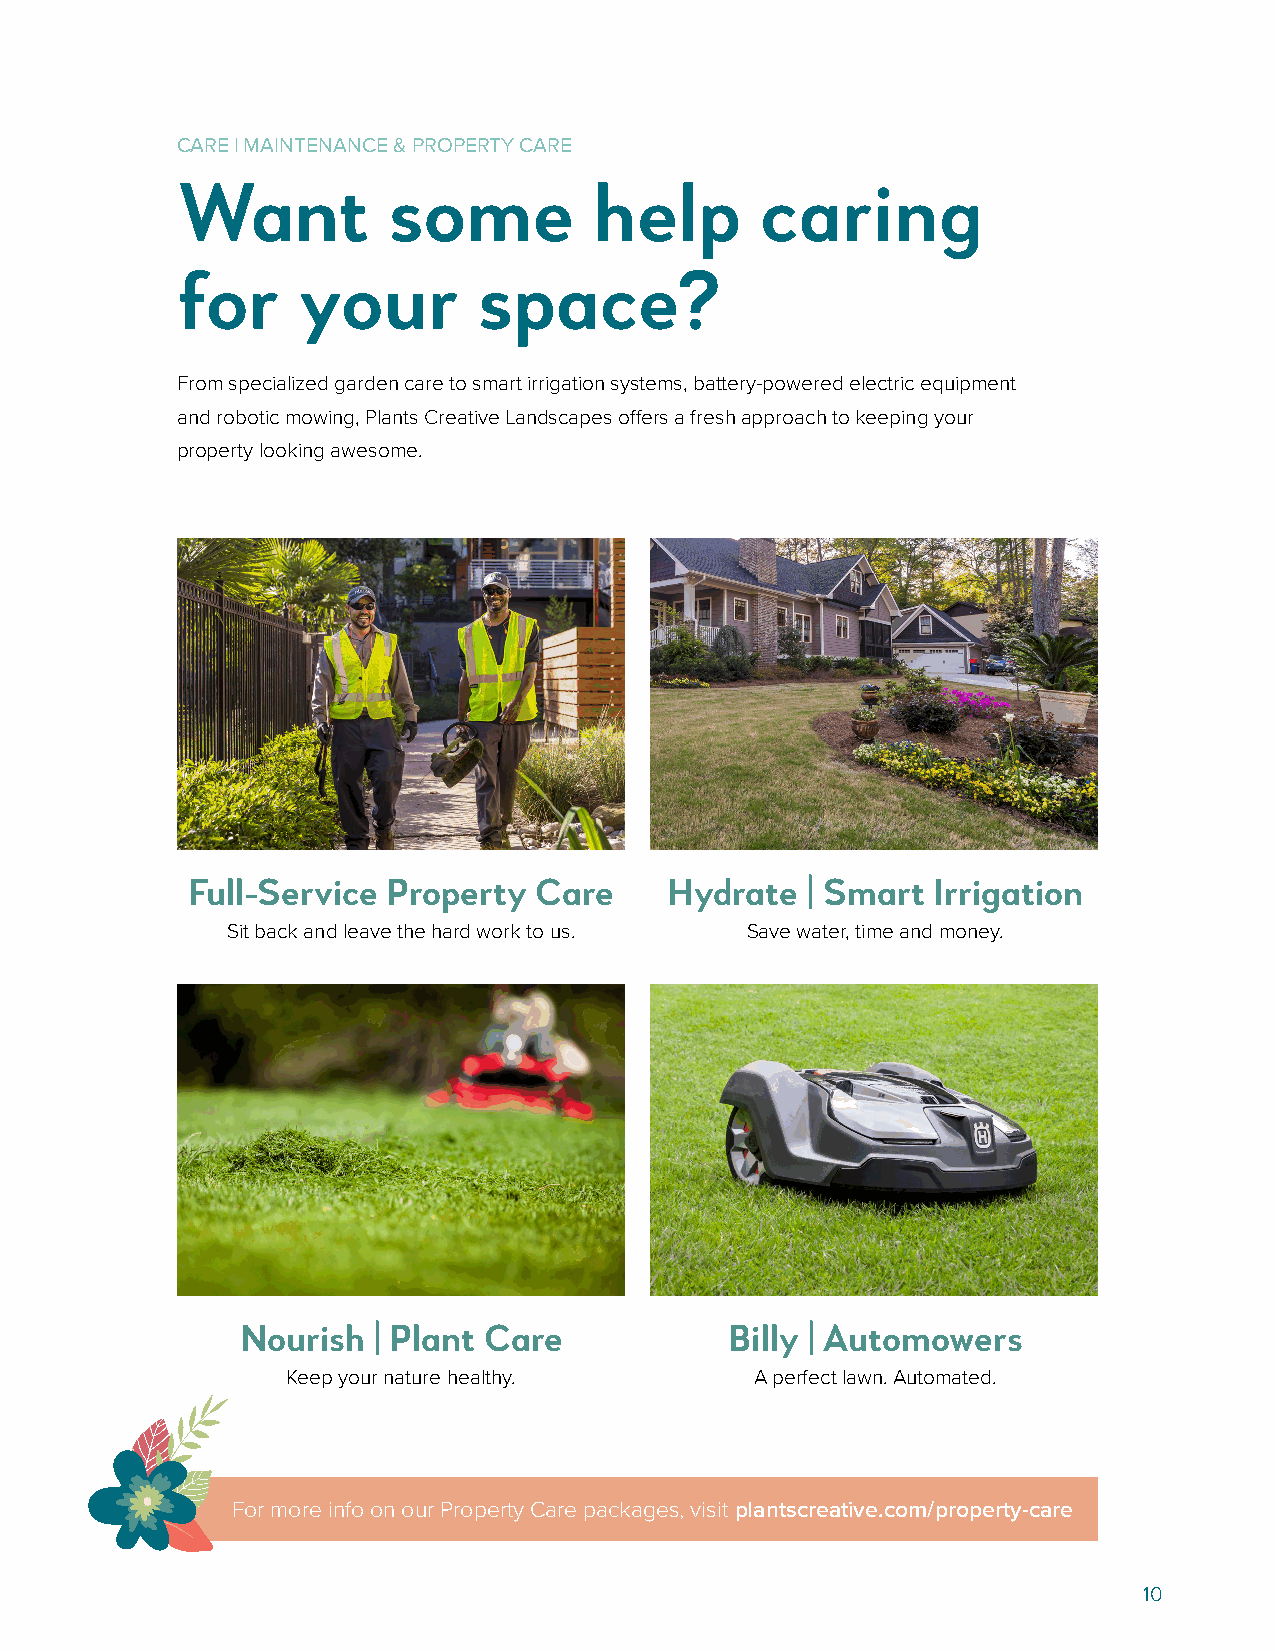
CARE | MAINTENANCE & PROPERTY CARE
 Want          some         help       caring
 for     your        space?
 From specialized garden care to smart irrigation systems, battery-powered electric equipment
 and robotic mowing, Plants Creative Landscapes offers a fresh approach to keeping your
 property looking awesome.
 Full-Service  Property Care     Hydrate  | Smart  Irrigation
 Sit back and leave the hard work to us. Save water, time and money.
 Nourish  | Plant Care           Billy | Automowers
 Keep your nature healthy.      A perfect lawn. Automated.
 For more info on our Property Care packages, visit plantscreative.com/property-care
 10